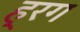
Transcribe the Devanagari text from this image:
ह्रग